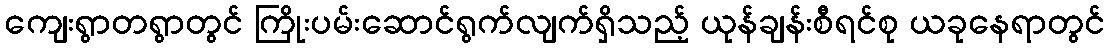
ကျေးရွာတရွာတွင် ကြိုးပမ်းဆောင်ရွက်လျက်ရှိသည့် ယုန်ချန်းစီရင်စု ယခုနေရာတွင်